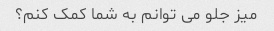
میز جلو می توانم به شما کمک کنم؟